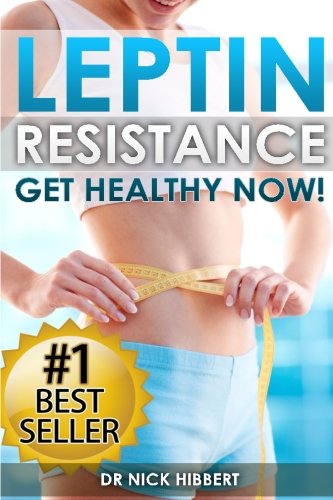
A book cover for Leptin Resistance: Get Healthy Now: How to get permanent weight loss, cure obesity, control your hormones and live healthy; Dr Nick Hibbert; Self-Help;